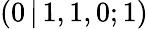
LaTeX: (0\, |\, 1,1,0;1)